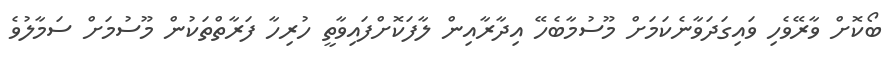
ބޯކޮށް ވާރޭވެހި ވައިގަދަވާނެކަމަށް މޫސުމާބެހޭ އިދާރާއިން ލާފަކޮށްފައިވާތީ ހުރިހާ ފަރާތްތަކުން މޫސުމަށް ސަމާލުވެ